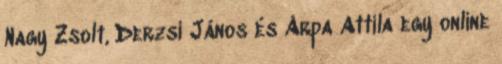
Nagy Zsolt, Derzsi János és Árpa Attila egy online